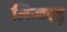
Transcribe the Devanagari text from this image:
लिखपढ़